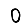
Digit: 0